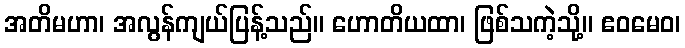
အတိမဟာ၊ အလွန်ကျယ်ပြန့်သည်။ ဟောတိယထာ၊ ဖြစ်သကဲ့သို့။ ဧဝမေဝ၊